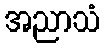
အညာသံ